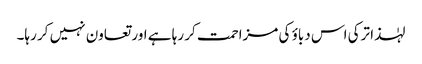
لہٰذا ترکی اس دباؤ کی مزاحمت کر رہا ہے اور تعاون نہیں کر رہا۔